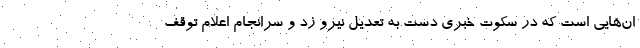
ان‌هایی است که در سکوت خبری دست به تعدیل نیرو زد و سرانجام اعلام توقف